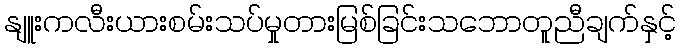
နျူးကလီးယားစမ်းသပ်မှုတားမြစ်ခြင်းသဘောတူညီချက်နှင့်